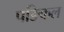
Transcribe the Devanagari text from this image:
पङिकल